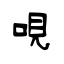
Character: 哯